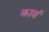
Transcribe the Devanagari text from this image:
कावं